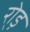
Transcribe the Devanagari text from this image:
रो्ड़